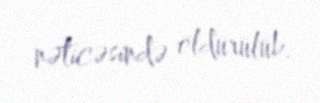
nəticəsində öldürülüb.